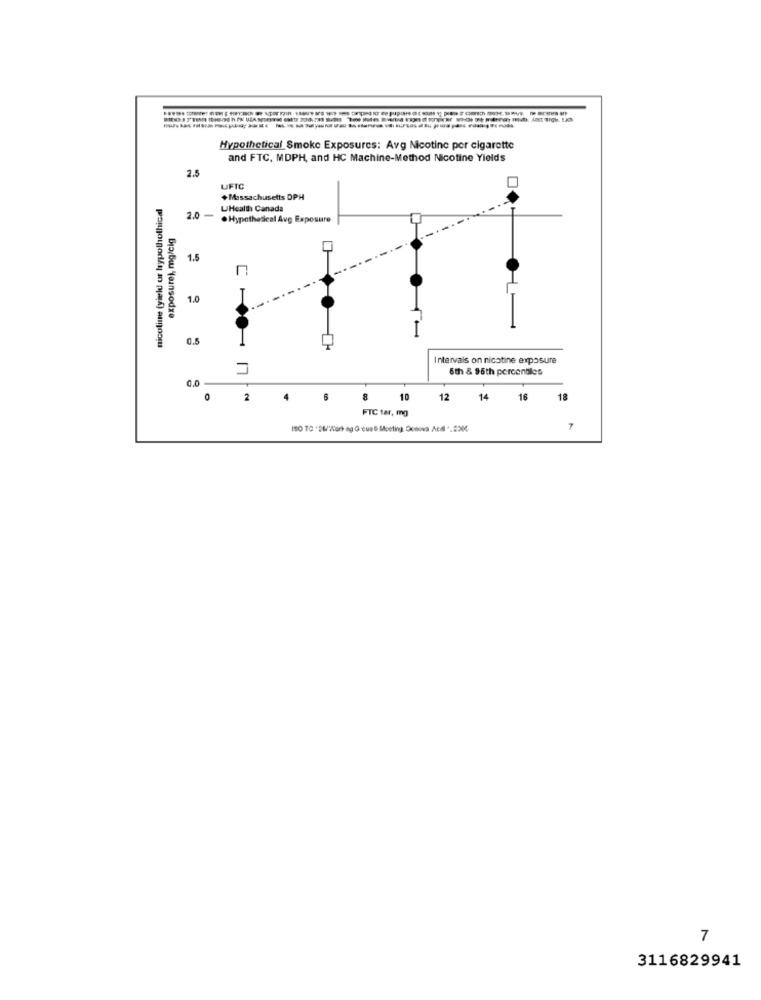
Hypothetical Smoke Exposures: Avg Nicotine per cigarette
and FTC, MDPH, and HC Machine-Method Nicotine Yields
2.5
UFTC
nicoline (yield or hypothothical
+Massachusetts DPH
UHealth Canada
2.0 -
. Hypothetical Avg Exposure
exposure), mg/cig
1.5
1.0
0.5
Intervals on nicotine exposure
6th & 96th percentles
2
4
8
10
12
14
16
18
FTC tar, mg
7
3116829941